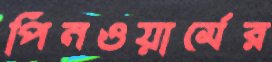
পিনওয়ার্মের